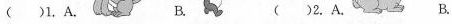
()1.A. B. ()2.A. B.